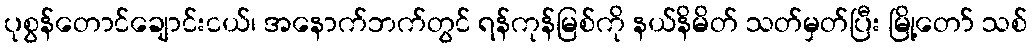
ပုစွန်တောင်ချောင်းငယ်၊ အနောက်ဘက်တွင် ရန်ကုန်မြစ်ကို နယ်နိမိတ် သတ်မှတ်ပြီး မြို့တော် သစ်